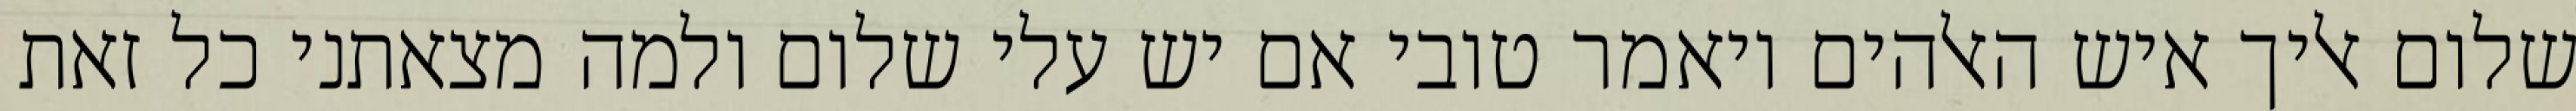
שלום אליך איש האלהים ויאמר טובי אם יש עלי שלום ולמה מצאתני כל זאת